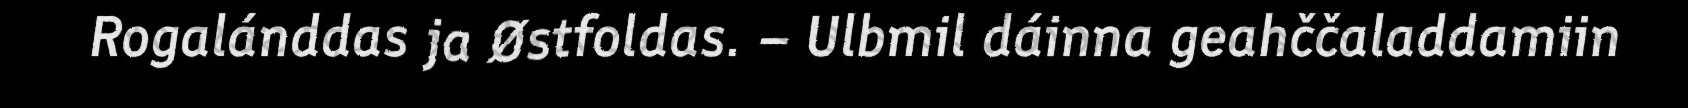
Rogalánddas ja Østfoldas. – Ulbmil dáinna geahččaladdamiin